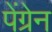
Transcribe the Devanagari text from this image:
पेंग्रेन